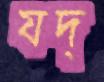
যদ্